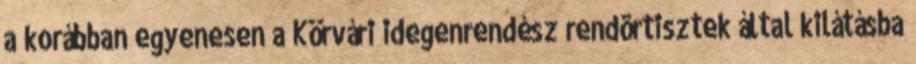
a korábban egyenesen a Körvári idegenrendész rendõrtisztek által kilátásba